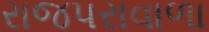
રાજપરાવાળા